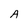
Character: A